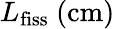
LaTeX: L_{\mathrm{fiss}}\ \mathrm{(cm)}